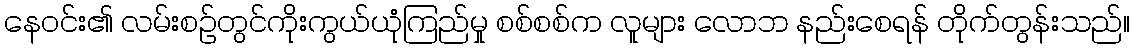
နေဝင်း၏ လမ်းစဉ်တွင်ကိုးကွယ်ယုံကြည်မှု စစ်စစ်က လူများ လောဘ နည်းစေရန် တိုက်တွန်းသည်။